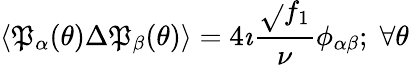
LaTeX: \left\langle\mathfrak{P}_{\alpha}(\theta)\Delta\mathfrak{P}_{\beta}(\theta)\right\rangle=4\imath\frac{{\sqrt{}{{f_{1}}}}}{{\nu}}\phi_{\alpha\beta};\; \forall\theta